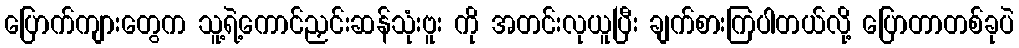
ပြောက်ကျားတွေက သူ့ရဲ့ကောင်ညှင်းဆန်သုံးဗူး ကို အတင်းလုယူပြီး ချက်စားကြပါတယ်လို့ ပြောတာတစ်ခုပဲ